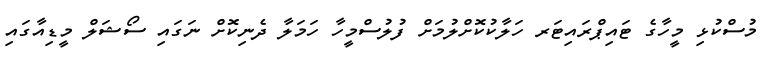
މުސްކުޅި މީހާގެ ޓައިޕްރައިޓަރ ހަލާކުކޮށްލުމަށް ފުލުސްމީހާ ހަމަލާ ދެނިކޮށް ނަގައި ސޯޝަލް މީޑިއާގައި